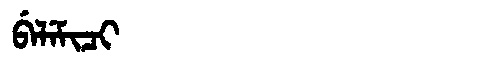
Manchu: ᠪᡝᠯᡝᠮᡳᠴᡳ
Romanization: BELEMICI